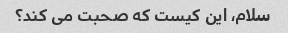
سلام، این کیست که صحبت می کند؟